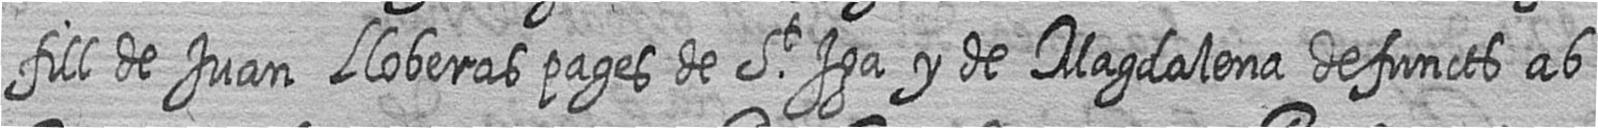
fill de Juan Lloberas pages de St Iga y de Magdalena defuncts ab